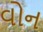
વોન